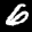
Label: 6